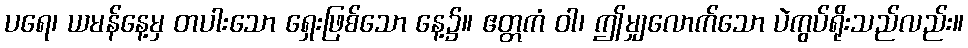
ပရေ၊ ယမန်နေ့မှ တပါးသော ရှေးဖြစ်သော နေ့၌။ ဧတ္တကံ ဝါ၊ ဤမျှလောက်သော ပဲကွပ်ရိုးသည်လည်း။